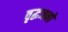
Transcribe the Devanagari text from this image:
वृद्धजनो